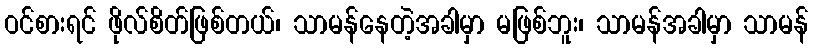
ဝင်စားရင် ဖိုလ်စိတ်ဖြစ်တယ်၊ သာမန်နေတဲ့အခါမှာ မဖြစ်ဘူး၊ သာမန်အခါမှာ သာမန်